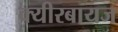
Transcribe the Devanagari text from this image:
क्यीरबायज